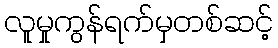
လူမှုကွန်ရက်မှတစ်ဆင့်